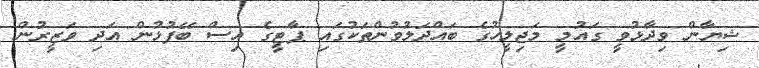
ޝިޔާން ވިދާޅުވީ ގައުމީ މަޖިލީހުގެ ބައްދަލުވުންތަކުގައި ޕާޓީގެ އިސް ބޭފުޅުން އަދި ވަޒީރުން